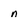
Character: n